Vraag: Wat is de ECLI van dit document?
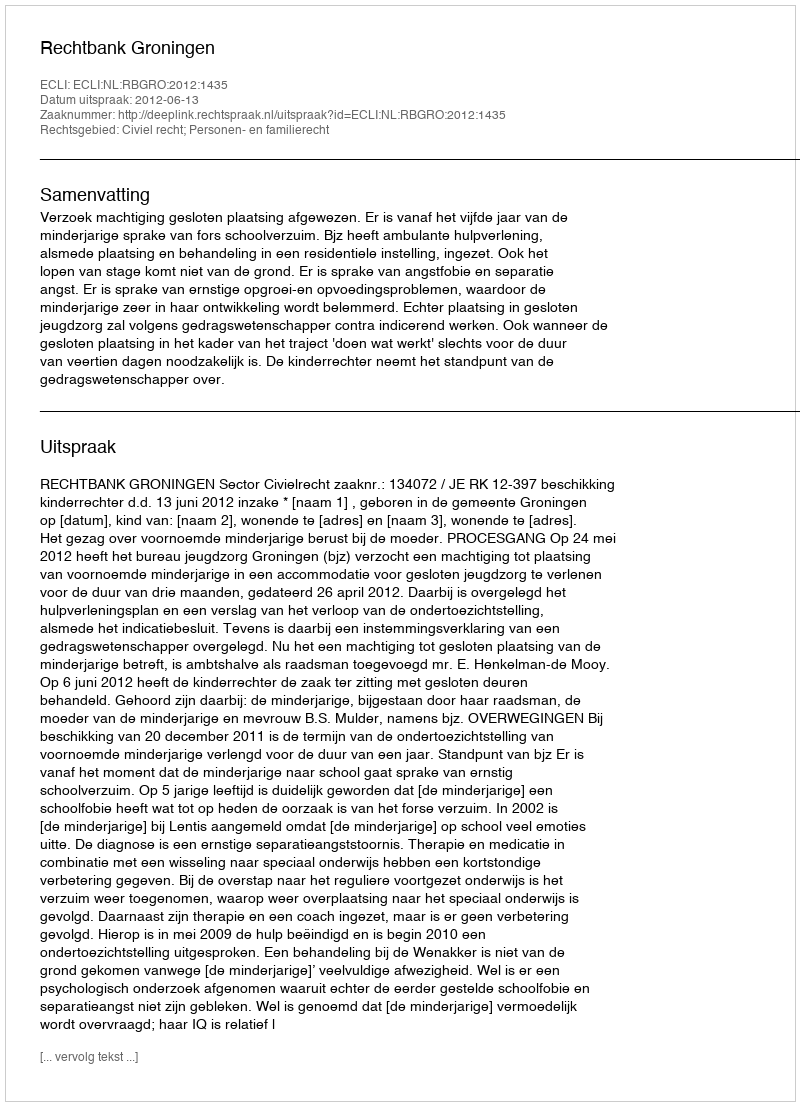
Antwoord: ECLI:NL:RBGRO:2012:1435